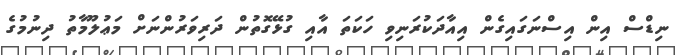
ނިޑްސް އިން އިސްނަގައިގެން އިއާދަކުރަނިވި ހަކަތަ އާއި ގުޅޭގޮތުން ދަރިވަރުންނަށް މަޢުލޫމާތު ދިނުމުގެ